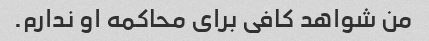
من شواهد کافی برای محاکمه او ندارم.